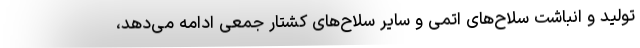
تولید و انباشت سلاح‌های اتمی و سایر سلاح‌های کشتار جمعی ادامه می‌دهد،